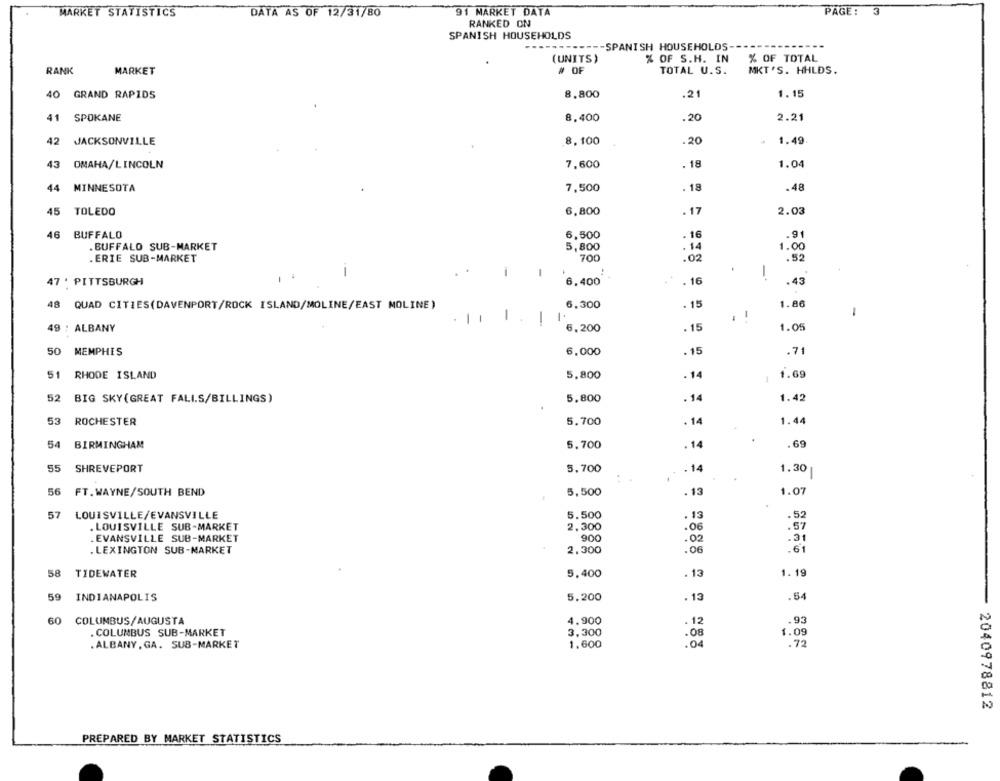
MARKET STATISTICS
DATA AS OF 12/31/80
91 MARKET DATA
PAGE: 3
RANKED ON
SPANISH HOUSEHOLDS
----- SPANISH HOUSEHOLDS-
(UNITS)
% OF S.H. IN
% OF TOTAL
RANK
MARKET
# OF
TOTAL U.S.
MKT'S. HHLDS.
40 GRAND RAPIDS
8,800
.21
1.15
41
SPOKANE
8.400
.20
2.21
42
JACKSONVILLE
8,100
.20
1.49
43
OMAHA/LINCOLN
7,600
. 18
1.04
44 MINNESOTA
7,500
. 18
.48
45
TOLEDO
6,800
. 17
2.03
46 BUFFALO
6,500
. 16
.91
. BUFFALO SUB-MARKET
5,800
. 14
1.00
. ERIE SUB-MARKET
700
.02
.52
i
.
-
1
47 . PITTSBURGH
6.400
. 16
.43
48 QUAD CITIES(DAVENPORT/ROCK ISLAND/MOLINE/EAST MOLINE )
6,300
. 15
1.86
1
. 1
1.
-
49 : ALBANY
6,200
. 15
1.05
50
MEMPHIS
6,000
. 15
.71
51
RHODE ISLAND
5,800
.14
1.69
52
BIG SKY(GREAT FALLS/BILLINGS)
5,800
. 14
1.42
53
ROCHESTER
5.700
. 14
1.44
54
BIRMINGHAM
5,700
. 14
.69
55
SHREVEPORT
5,700
.14
1.30
56
FT. WAYNE/SOUTH BEND
5,500
. 13
1.07
57
LOUISVILLE/EVANSVILLE
5.500
. 13
.52
. LOUISVILLE SUB-MARKET
2,300
.06
.57
. EVANSVILLE SUB-MARKET
900
.02
.31
.LEXINGTON SUB-MARKET
2.300
.06
.61
58
TIDEWATER
5,400
. 13
1.19
59
INDIANAPOLIS
5.200
. 13
.54
60
COLUMBUS/AUGUSTA
4.900
12
.93
. COLUMBUS SUB-MARKET
3,300
1.09
. ALBANY , GA. SUB-MARKET
1.600
. 72
- 2040978812
PREPARED BY MARKET STATISTICS